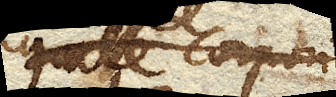
Ergo corpus